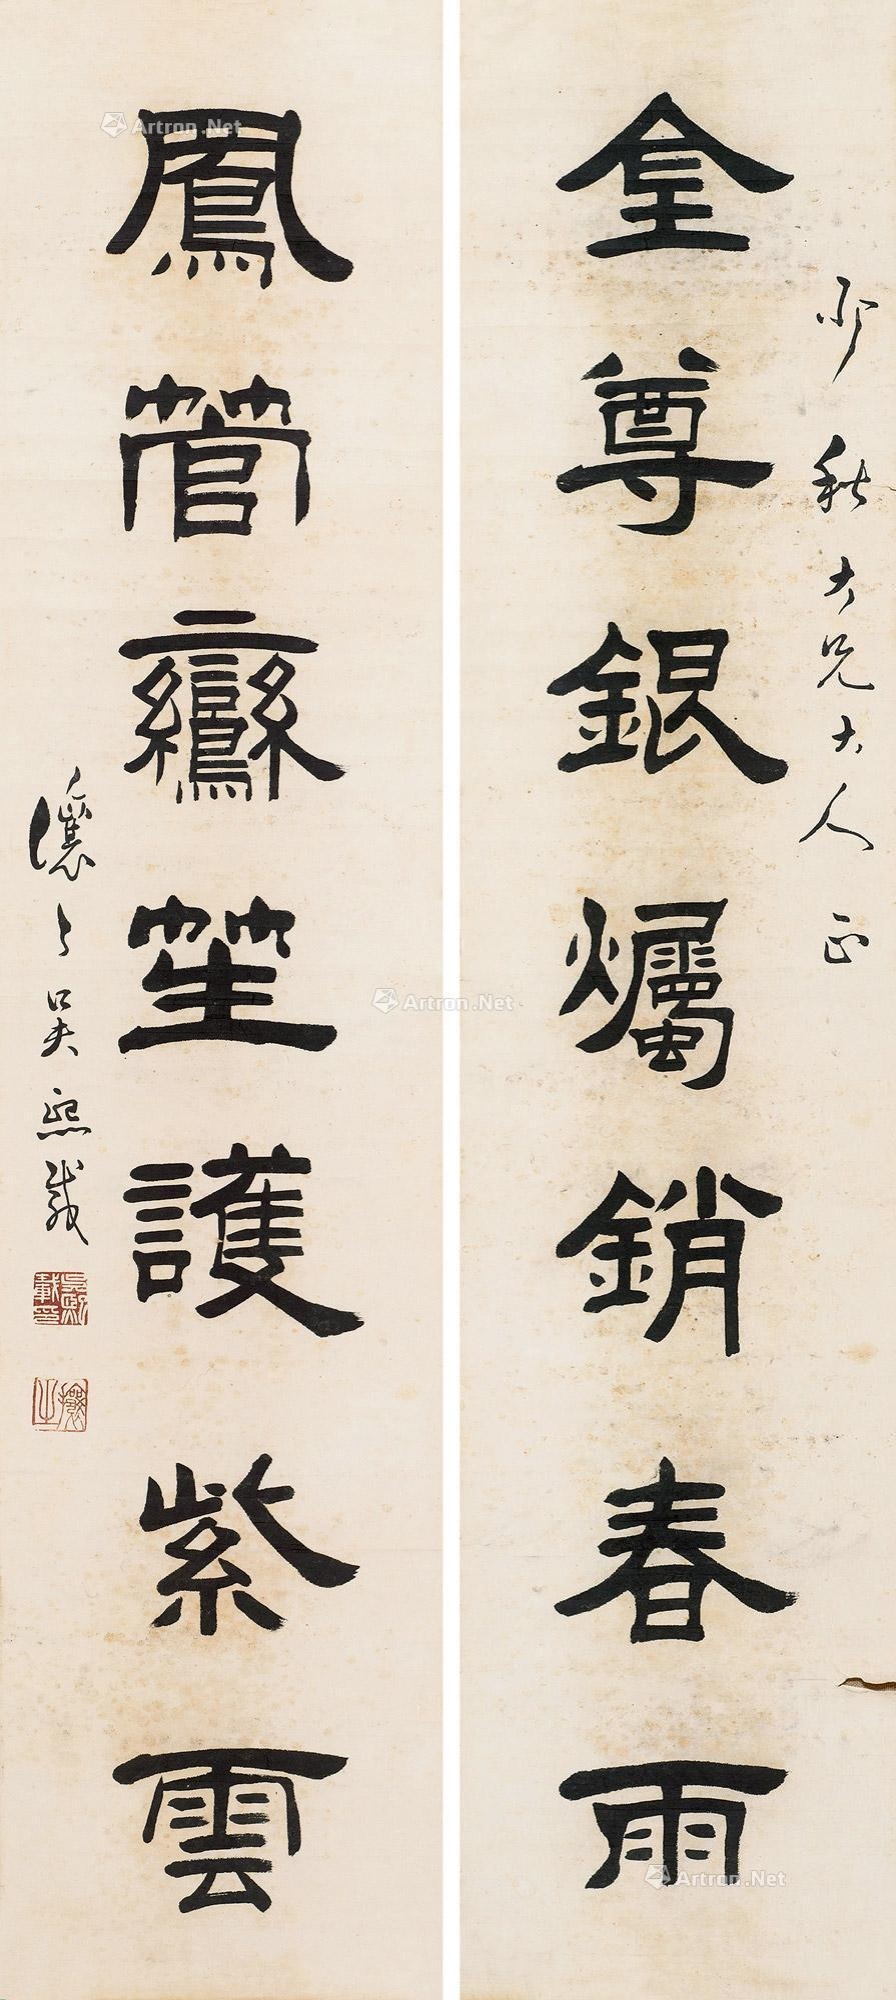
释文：金尊银烛销春雨，凤管鸾笙护紫云。少秋大兄大人正，让之吴熙载。